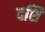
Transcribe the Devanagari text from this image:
दशि